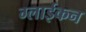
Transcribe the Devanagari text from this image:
ग्लाईकन